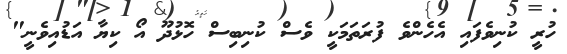
ހުރީ ކުނިވެފައި އެހެންވެ ފުރަތަމަކީ ވެސް ކުނިބިސް ހޮޅުދޫ އޯ ކިޔާ އަޑުއިވެނީ"